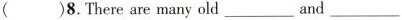
（）8.There are many old ___ and ___